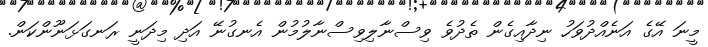
މީނަ އޭގެ އަނެއްދުވަހު ނިދާއިގެން ތެދުވެ ވިސްނާލިވިސްނާލުމުން އެނގުނޭ އަދި މިދަނީ ރަނގަޅަނޫންކަން.